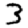
Digit: 3